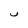
Character: 4